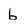
Character: 6